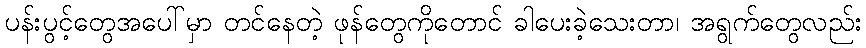
ပန်းပွင့်တွေအပေါ်မှာ တင်နေတဲ့ ဖုန်တွေကိုတောင် ခါပေးခဲ့သေးတာ၊ အရွက်တွေလည်း